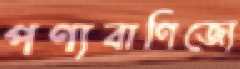
পণ্যবাণিজ্যে